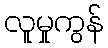
လူမှုကွန်